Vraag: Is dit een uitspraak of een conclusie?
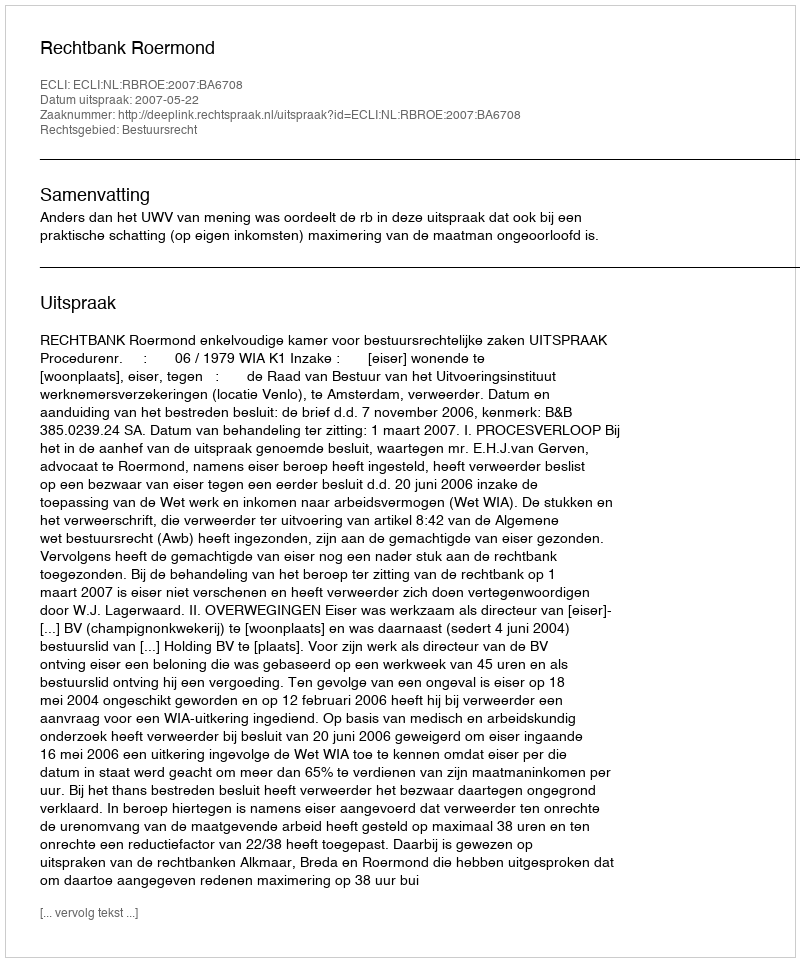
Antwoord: Uitspraak